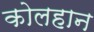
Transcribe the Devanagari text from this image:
कोलहान